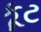
કૂટ